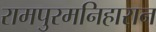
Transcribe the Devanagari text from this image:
रामपुरमनिहारान